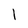
Character: 1